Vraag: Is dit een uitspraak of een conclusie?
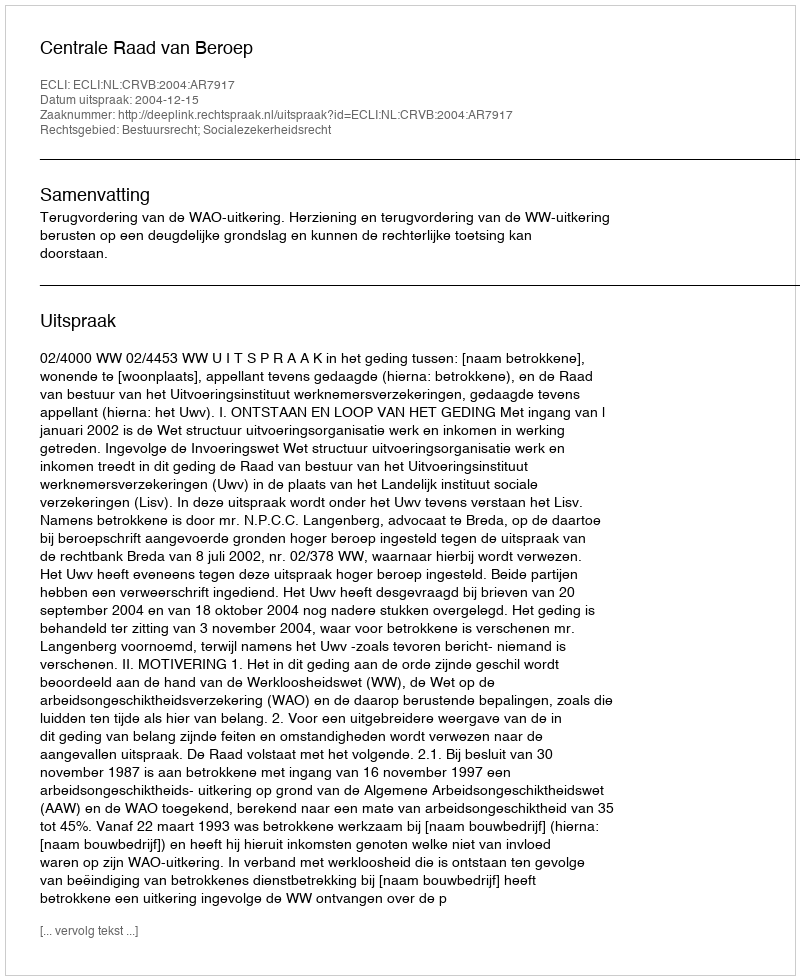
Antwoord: Uitspraak